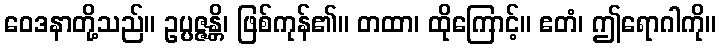
ဝေဒနာတို့သည်။ ဥပ္ပဇ္ဇန္တိ၊ ဖြစ်ကုန်၏။ တထာ၊ ထိုကြောင့်။ ဧတံ၊ ဤရောဂါကို။